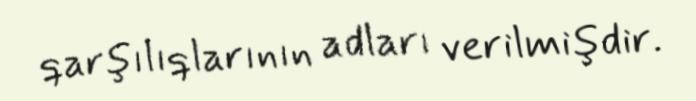
qarşılıqlarının adları verilmişdir.